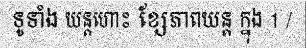
ទូទាំង យន្តហោះ ខ្សែភាពយន្ត ក្នុង 1 /